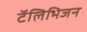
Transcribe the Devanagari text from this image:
टॅलिभिजन